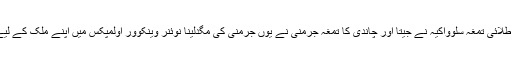
خواتین کے کراس کنٹری اسکیٹنگ مقابلوں میں طلائی تمغہ سلوواکیہ نے جیتا اور چاندی کا تمغہ جرمنی نے یوں جرمنی کی مگدلینا نوئنر وینکوور اولمپکس میں اپنے ملک کے لیے کوئی تمغہ جیتنے والی پہلی کھلاڑی بن گئیں۔